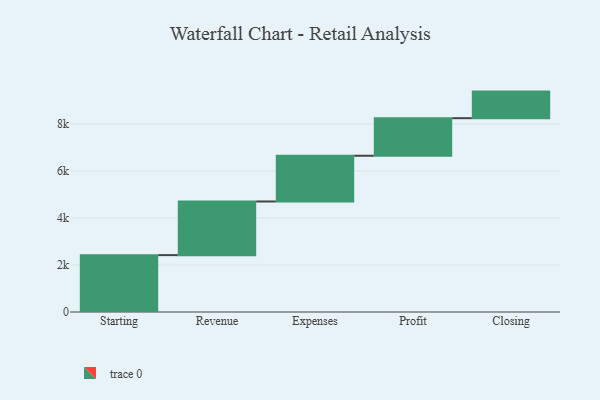
{"axis": {"x": "Step", "y": "Value"}, "legend": [""], "data": [{"x": "Starting", "y": 2420.0, "type": ""}, {"x": "Revenue", "y": 2283.0, "type": ""}, {"x": "Expenses", "y": 1946.0, "type": ""}, {"x": "Profit", "y": 1599.0, "type": ""}, {"x": "Closing", "y": 1131.0, "type": ""}]}